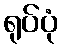
ရုပ်ပုံ